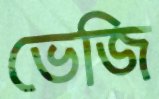
ভেজি